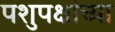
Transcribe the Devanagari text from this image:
पशुपक्षांच्या